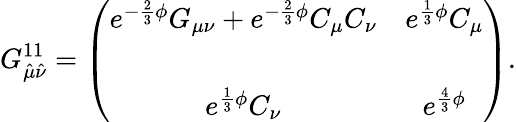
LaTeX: G_{\hat{\mu}\hat{\nu}}^{11}=\left(\begin{array}{cc}{{e^{-\frac{2}{3}\phi}G_{\mu\nu}+e^{-\frac{2}{3}\phi}C_{\mu}C_{\nu}}}&{{e^{\frac{1}{3}\phi}C_{\mu}}}\\ {{}}&{{}}\\ {{e^{\frac{1}{3}\phi}C_{\nu}}}&{{e^{\frac{4}{3}\phi}}}\end{array}\right).